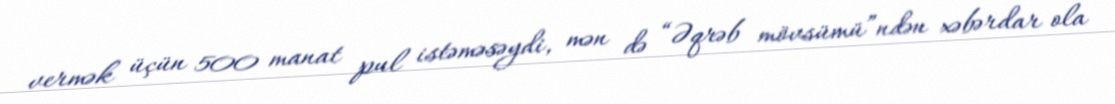
vermək üçün 500 manat pul istəməsəydi, mən də “Əqrəb mövsümü”ndən xəbərdar ola